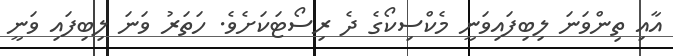
އާއި ތިންވަނަ ލިބިފައިވަނީ މެކްސިކޯގެ ދެ ރިސޯޓަކަށެވެ. ހަތަރު ވަނަ ލިބިފައި ވަނީ